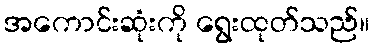
အကောင်းဆုံးကို ရွေးထုတ်သည်။